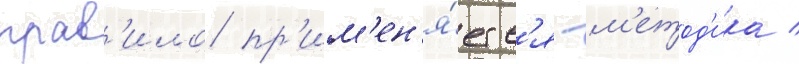
прав'ило пр'им'ен'я́етс'я -м'етод'ика /